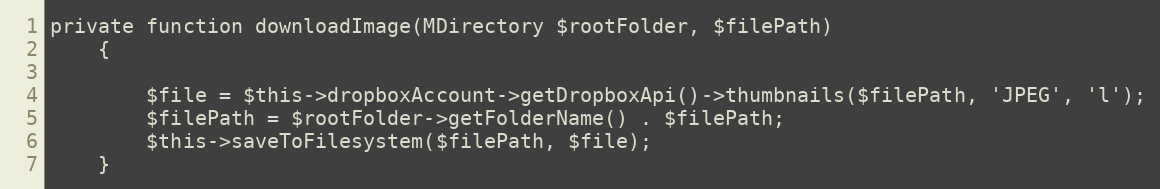
Language: PHP
private function downloadImage(MDirectory $rootFolder, $filePath)
    {

        $file = $this->dropboxAccount->getDropboxApi()->thumbnails($filePath, 'JPEG', 'l');
        $filePath = $rootFolder->getFolderName() . $filePath;
        $this->saveToFilesystem($filePath, $file);
    }